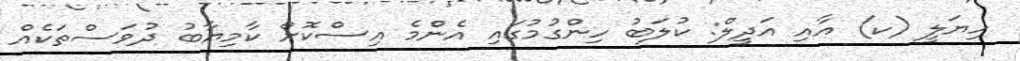
ހިޔަލީ (ކ) އާއި އަދީލް: ކުލަބު ހިންގުމުގައި އެންމެ އިސްކޮށް ކާމިޔާބު ދުވަސްތަކެއް